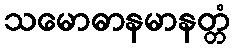
သမောဓာနမာနတ္တံ